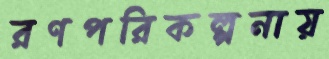
রণপরিকল্পনায়